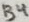
Text: B4